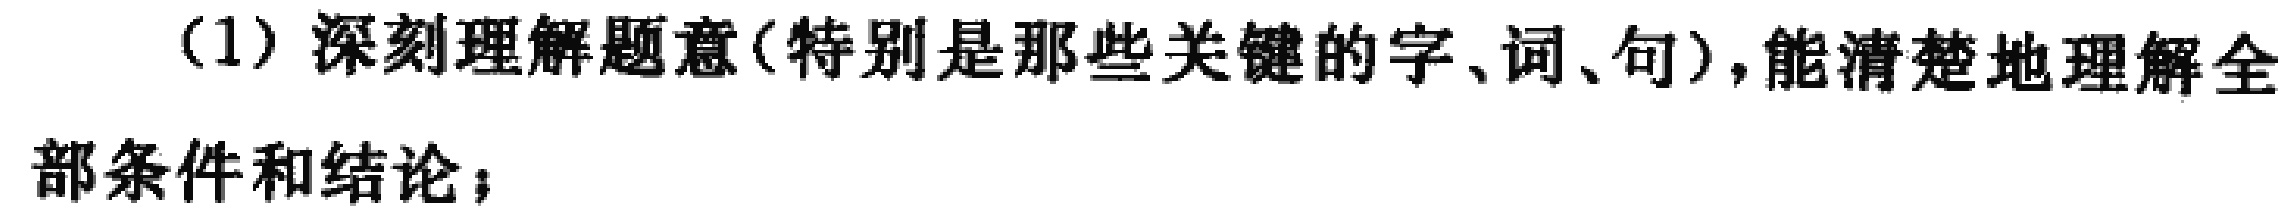
(1) 深刻理解题意(特别是那些关键的字、词、句)，能清楚地理解全部条件和结论；